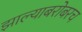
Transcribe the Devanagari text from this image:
झाल्याबरोबरच